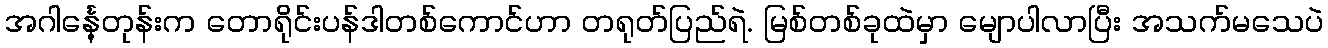
အဂါင်္နေ့တုန်းက တောရိုင်းပန်ဒါတစ်ကောင်ဟာ တရုတ်ပြည်ရဲ. မြစ်တစ်ခုထဲမှာ မျောပါလာပြီး အသက်မသေပဲ